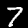
Label: 7